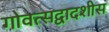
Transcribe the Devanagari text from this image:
गोवत्सद्वादशीस